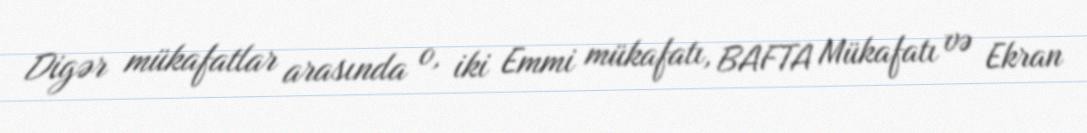
Digər mükafatlar arasında o, iki Emmi mükafatı, BAFTA Mükafatı və Ekran